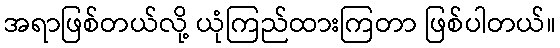
အရာဖြစ်တယ်လို့ ယုံကြည်ထားကြတာ ဖြစ်ပါတယ်။